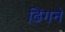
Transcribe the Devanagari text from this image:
ढिंगने